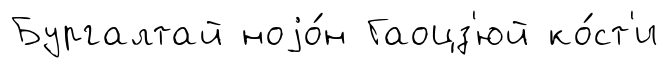
Бургалтай ноjо́н Гаоцз'юй ко́ст'и